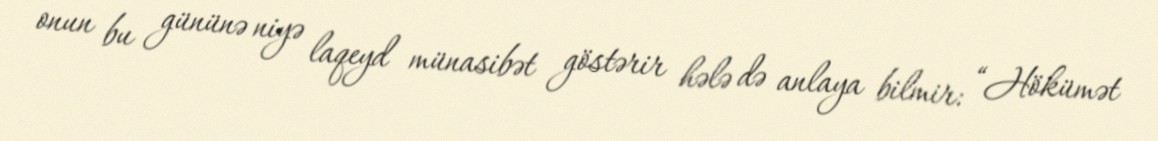
onun bu gününə niyə laqeyd münasibət göstərir hələ də anlaya bilmir: “Hökümət